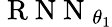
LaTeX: \mathrm{~R~N~N~}_{\theta_{1}}